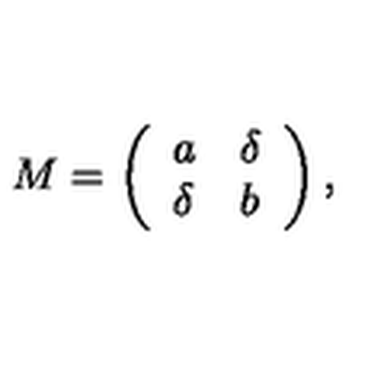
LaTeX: M = \left( \begin{array} { l l } { a } & { \delta } \\ { \delta } & { b } \\ \end{array} \right) ,